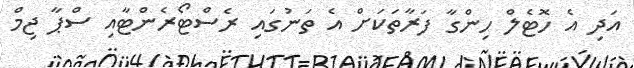
އަދި އެ ހޮޓެލް ހިންގާ ފަރާތަކަށް އެ ތަނުގައި ރެސްޓޯރެންޓާއި ސްޕާ ޖިމް